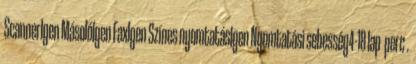
ScannerIgen MásolóIgen FaxIgen Színes nyomtatásIgen Nyomtatási sebesség4-18 lap perc .